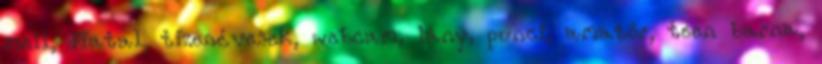
mell, fiatal, tizenévesek, webcam, lány, punci, amatőr, teen barna,